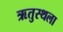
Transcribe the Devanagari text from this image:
ऋतुस्थला